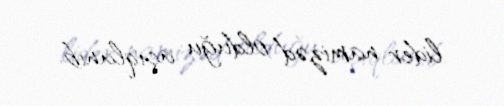
lider namizəd olduğu açıqlanıb.